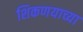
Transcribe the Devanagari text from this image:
शिकणयाच्या